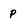
Character: P